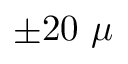
\pm 2 0 ~ \mu